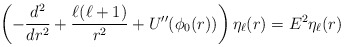
\begin{align*}\left(-\frac{d^2}{dr^2} + \frac{\ell(\ell+1)}{r^2}+U''(\phi_0(r))\right) \eta_\ell(r) = E^2 \eta_\ell(r)\end{align*}